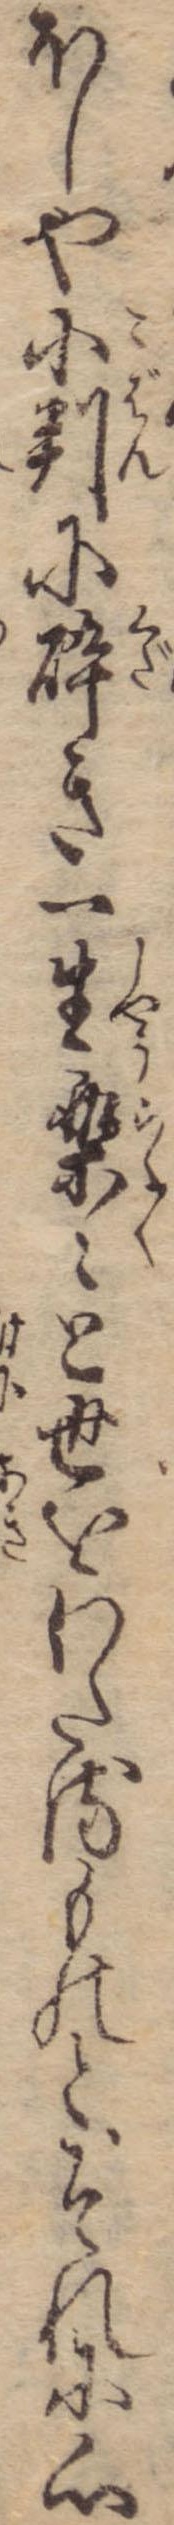
ほしや小判に砕き一生楽々と世をわたるものとそれに心